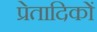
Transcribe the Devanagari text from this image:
प्रेतादिकों